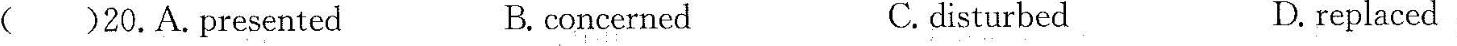
()19.A.astonished